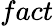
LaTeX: fact